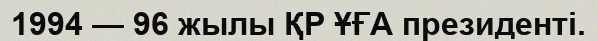
1994 — 96 жылы ҚР ҰҒА президенті.